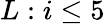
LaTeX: L:i\leq 5